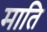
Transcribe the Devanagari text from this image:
माति